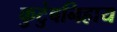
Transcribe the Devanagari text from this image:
कुटुंबनिहाय